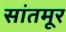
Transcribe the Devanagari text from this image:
सांतमूर